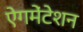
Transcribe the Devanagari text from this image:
ऐगमेंटेशन